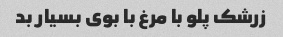
زرشک پلو با مرغ با بوی بسیار بد